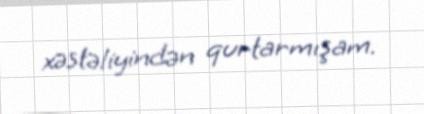
xəstəliyindən qurtarmışam.